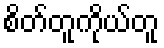
စိတ်တူကိုယ်တူ